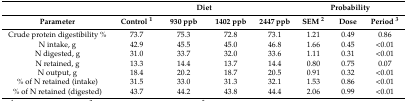
<table><thead><tr><td></td><td colspan="4"><b>Diet</b></td><td colspan="3"><b>Probability</b></td></tr><tr><td><b>Parameter</b></td><td><b>Control <sup>1</sup></b></td><td><b>930 ppb</b></td><td><b>1402 ppb</b></td><td><b>2447 ppb</b></td><td><b>SEM <sup>2</sup></b></td><td><b>Dose</b></td><td><b>Period <sup>3</sup></b></td></tr></thead><tbody><tr><td>Crude protein digestibility %</td><td>73.7</td><td>75.3</td><td>72.8</td><td>73.1</td><td>1.21</td><td>0.49</td><td>0.86</td></tr><tr><td>N intake, g</td><td>42.9</td><td>45.5</td><td>45.0</td><td>46.8</td><td>1.66</td><td>0.45</td><td>&lt;0.01</td></tr><tr><td>N digested, g</td><td>31.0</td><td>33.7</td><td>32.0</td><td>33.6</td><td>1.11</td><td>0.31</td><td>&lt;0.01</td></tr><tr><td>N retained, g</td><td>13.3</td><td>14.4</td><td>13.7</td><td>14.4</td><td>0.80</td><td>0.75</td><td>0.07</td></tr><tr><td>N output, g</td><td>18.4</td><td>20.2</td><td>18.7</td><td>20.5</td><td>0.91</td><td>0.32</td><td>&lt;0.01</td></tr><tr><td>% of N retained (intake)</td><td>31.5</td><td>33.0</td><td>31.3</td><td>32.1</td><td>1.53</td><td>0.86</td><td>&lt;0.01</td></tr><tr><td>% of N retained (digested)</td><td>43.7</td><td>44.2</td><td>43.8</td><td>44.4</td><td>2.06</td><td>0.99</td><td>&lt;0.01</td></tr></tbody></table>